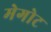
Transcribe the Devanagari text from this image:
मेगोट